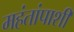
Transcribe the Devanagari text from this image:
महंतांपाशी